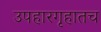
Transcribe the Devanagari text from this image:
उपहारगृहातच